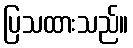
ပြသထားသည်။